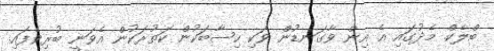
ބްލެކް. މެދުގައި އެ އިން ވާގަނޑުން ވަކި ހިސާބަކުން ކަތުރަކުން އެވަނީ ބުރިވެފައި.